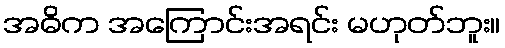
အဓိက အကြောင်းအရင်း မဟုတ်ဘူး။